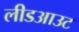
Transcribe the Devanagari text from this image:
लीडआउट